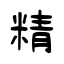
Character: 精